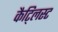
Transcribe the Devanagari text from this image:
कैट्लिस्ट